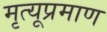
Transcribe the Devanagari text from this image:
मृत्यूप्रमाण